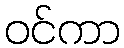
ဝင်ကာ